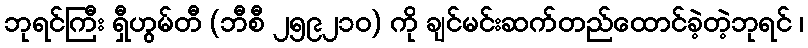
ဘုရင်ကြီး ရှီဟွမ်တီ (ဘီစီ ၂၅၉၂၁၀) ကို ချင်မင်းဆက်တည်ထောင်ခဲ့တဲ့ဘုရင် ၊